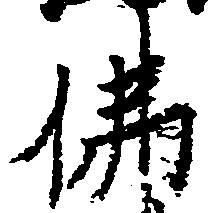
仏